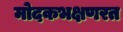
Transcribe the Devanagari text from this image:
मोदकभक्षणरत